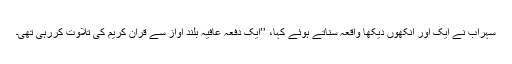
سہراب نے ایک اور آنکھوں دیکھا واقعہ سناتے ہوئے کہا، ’’ایک دفعہ عافیہ بلند آواز سے قرآن کریم کی تلاوت کررہی تھی۔